Report of the Indian Hemp Drugs Commission, 1894-1895 - Volume VI
Year: 1894
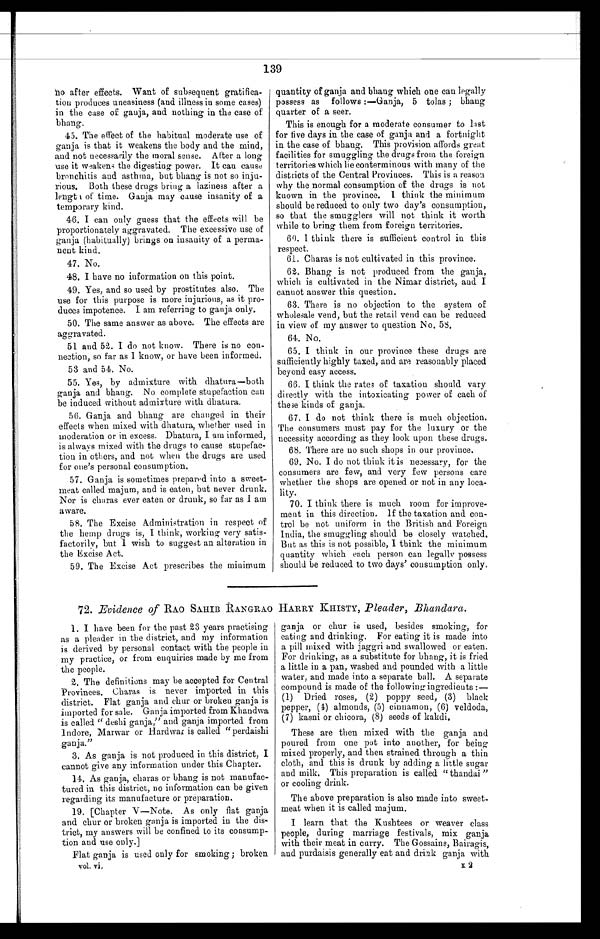
139
no after effects. Want of subsequent gratifica-
tion produces uneasiness (and illness in some cases)
in the case of gauja, and nothing in the case of
bhang.
45. The effect of the habitual moderate use of
ganja is that it weakens the body and the mind,
and not necessarily the moral sense. After a long
use it weakens the digesting power. It can cause
bronchitis and asthma, but bhang is not so inju-
rious. Both these drugs bring a laziness after a
lengt i of time. Gauja may cause insanity of a
temporary kind.
46. I can only guess that the effects will be
proportionately aggravated. The excessive use of
ganja (habitually) brings on insanity of a perma-
nent kind.
47. No.
48. I have no information on this point.
49. Yes, and so used by prostitutes also. The
use for this purpose is more injurious, as it pro
- d u c e s i m p o t e n c e . I a m r e f e r r i n g t o g a n j a o n l y .
50. The same answer as above. The effects are
aggravated.
51 and 52. I do not know. There is no con
-nection, so far as I know, or have been informed.
53 and 54, No.
55. Yes, by admixture with dhatura—both
ganja and bhang. No complete stupefaction can
be induced without admixture with dhatura.
56. Ganja and bhang are changed in their
effects when mixed with dhatura, whether used in
moderation or in excess. Dhatura, I am informed,
is always mixed with the drugs to cause stupefac
- t i o n i n o t h e r s , a n d n o t w h e n t h e d r u g s a r e u s e d
for one's personal consumption.
57. Ganja is sometimes prepared into a sweet-
meat called majum, and is eaten, but never drunk.
Nor is charas ever eaten or drunk, so far as I am
aware.
58. The Excise Administration in respect of
the hemp drugs is, I think, working very satis
- f a c t o r i l y , b u t I w i s h t o s u g g e s t a n a l t e r a t i o n i n
the Excise Act.
59. The Excise Act prescribes the minimum
quantity of ganja and bhang which one can legally
possess as follows:—Ganja, 5 tolas ; bhang
quarter of a seer.
This is enough for a moderate consumer to last
for five days in the case of ganja and a fortnight
in the case of bhang. This provision affords great
facilities for smuggling the drugs from the foreign
territories which lie conterminous with many of the
districts of the Central Provinces. This is a reason
why the normal consumption of the drugs is not
known in the province. I think the minimum
should be reduced to only two day's consumption,
so that the smugglers will not think it worth
while to bring them from foreign territories.
60. I think there is sufficient control in this
respect.
61. Charas is not cultivated in this province.
62. Bhang is not produced from the ganja,
which is cultivated in the Nimar district, and I
cannot answer this question.
63. There is no objection to the system of
wholesale vend, but the retail vend can be reduced
in view of my answer to question No. 58.
64. No.
65. I think in our province these drugs are
sufficiently highly taxed, and are reasonably placed
beyond easy access.
66. I think the rates of taxation should vary
directly with the intoxicating power of each of
these kinds of ganja.
67. I do not think there is much objection.
The consumers must pay for the luxury or the
necessity according as they look upon these drugs.
68. There are no such shops in our province.
69. No. I do not think it is necessary, for the
consumers are few, and very few persons care
whether the shops are opened or not in any loca
- l i t y .
70. I think there is much room for improve-
ment in this direction. if the taxation and. con-
trol be not uniform in the British and Foreign
India, the smuggling should be closely watched.
But as this is not possible, I think the minimum
quantity which each person can legally possess
should be reduced to two days' consumption only.
72. Evidence of RAO SAHIB RANGRAO HARRY KHISTY, Pleader, Bhandara.
1. I have been for the past 23 years practising
as a pleader in the district, and my information
is derived by personal contact with the people in
my practice, or from enquiries made by me from
the people.
2. The definitions may be accepted for Central
Provinces. Charas is never imported in this
district. Flat ganja and char or broken ganja is
imported for sale. Ganja imported from Khandwa
is called "deshi ganja," and ganja imported from
lndore, Marwar or Hardwar is called "perdaishi
ganja."
3. As ganja is not produced in this district, I
cannot give any information under this Chapter.
14. As ganja, charas or bhang is not manufac
- t u r e d i n t h i s d i s t r i c t , n o i n f o r m a t i o n c a n b e g i v e n
regarding its manufacture or preparation.
19. [Chapter V—Note. As only fiat ganja
and chur or broken ganja is imported in the dis-
trict, my answers will be confined to its consump-
tion and use only.]
Flat ganja is used only for smoking; broken
vol. vi,
ganja or chur is used, besides smoking, for
eating and drinking. For eating it is made into
a pill mixed with jaggri and swallowed or eaten.
For drinking, as a substitute for bhang, it is fried
a little in a pan, washed and pounded with a little
water, and made into a separate ball. A separate
compound is made of the following ingredients:
— ( 1 ) D r i e d r o s e s , ( 2 ) p o p p y s e e d , ( 3 ) b l a c k
pepper, (4) almonds, (5) cinnamon, (6) veldoda,
(7) kasni or chicora, (8) seeds of kakdi.
These are then mixed with the ganja and
poured from one pot into another, for being
mixed properly, and then strained through a thin
cloth, and this is drunk by adding a little sugar
and milk. This preparation is called "thandai"
or cooling drink.
The above preparation is also made into sweet-
meat when it is called majum.
I learn that the Kushtees or weaver class
people, during marriage festivals, mix ganja
with their meat in curry. The Gossains, Bairagis,
and purdaisis generally eat and drink ganja with